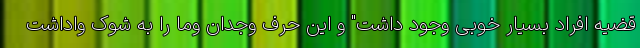
قضیه افراد بسیار خوبی وجود داشت" و این حرف وجدان وما را به شوک واداشت